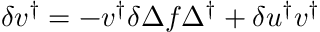
\delta v ^ { \dagger } = - v ^ { \dagger } \delta \Delta f \Delta ^ { \dagger } + \delta u ^ { \dagger } v ^ { \dagger }